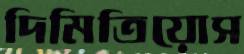
দিমিত্রিয়োস